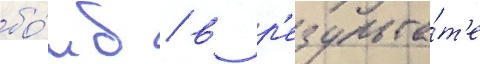
бо́мб / в р'езульта́т'е